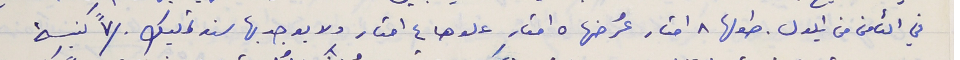
في الثامن من ايلول. طولها ٨ امتار عرضُها ٥ امتار علوها ٤ امتار ولا يوجد بها سند تمليك . /٧" كنيسة